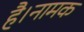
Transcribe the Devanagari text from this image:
है।नामक